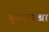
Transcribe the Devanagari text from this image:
गुरूसारखा